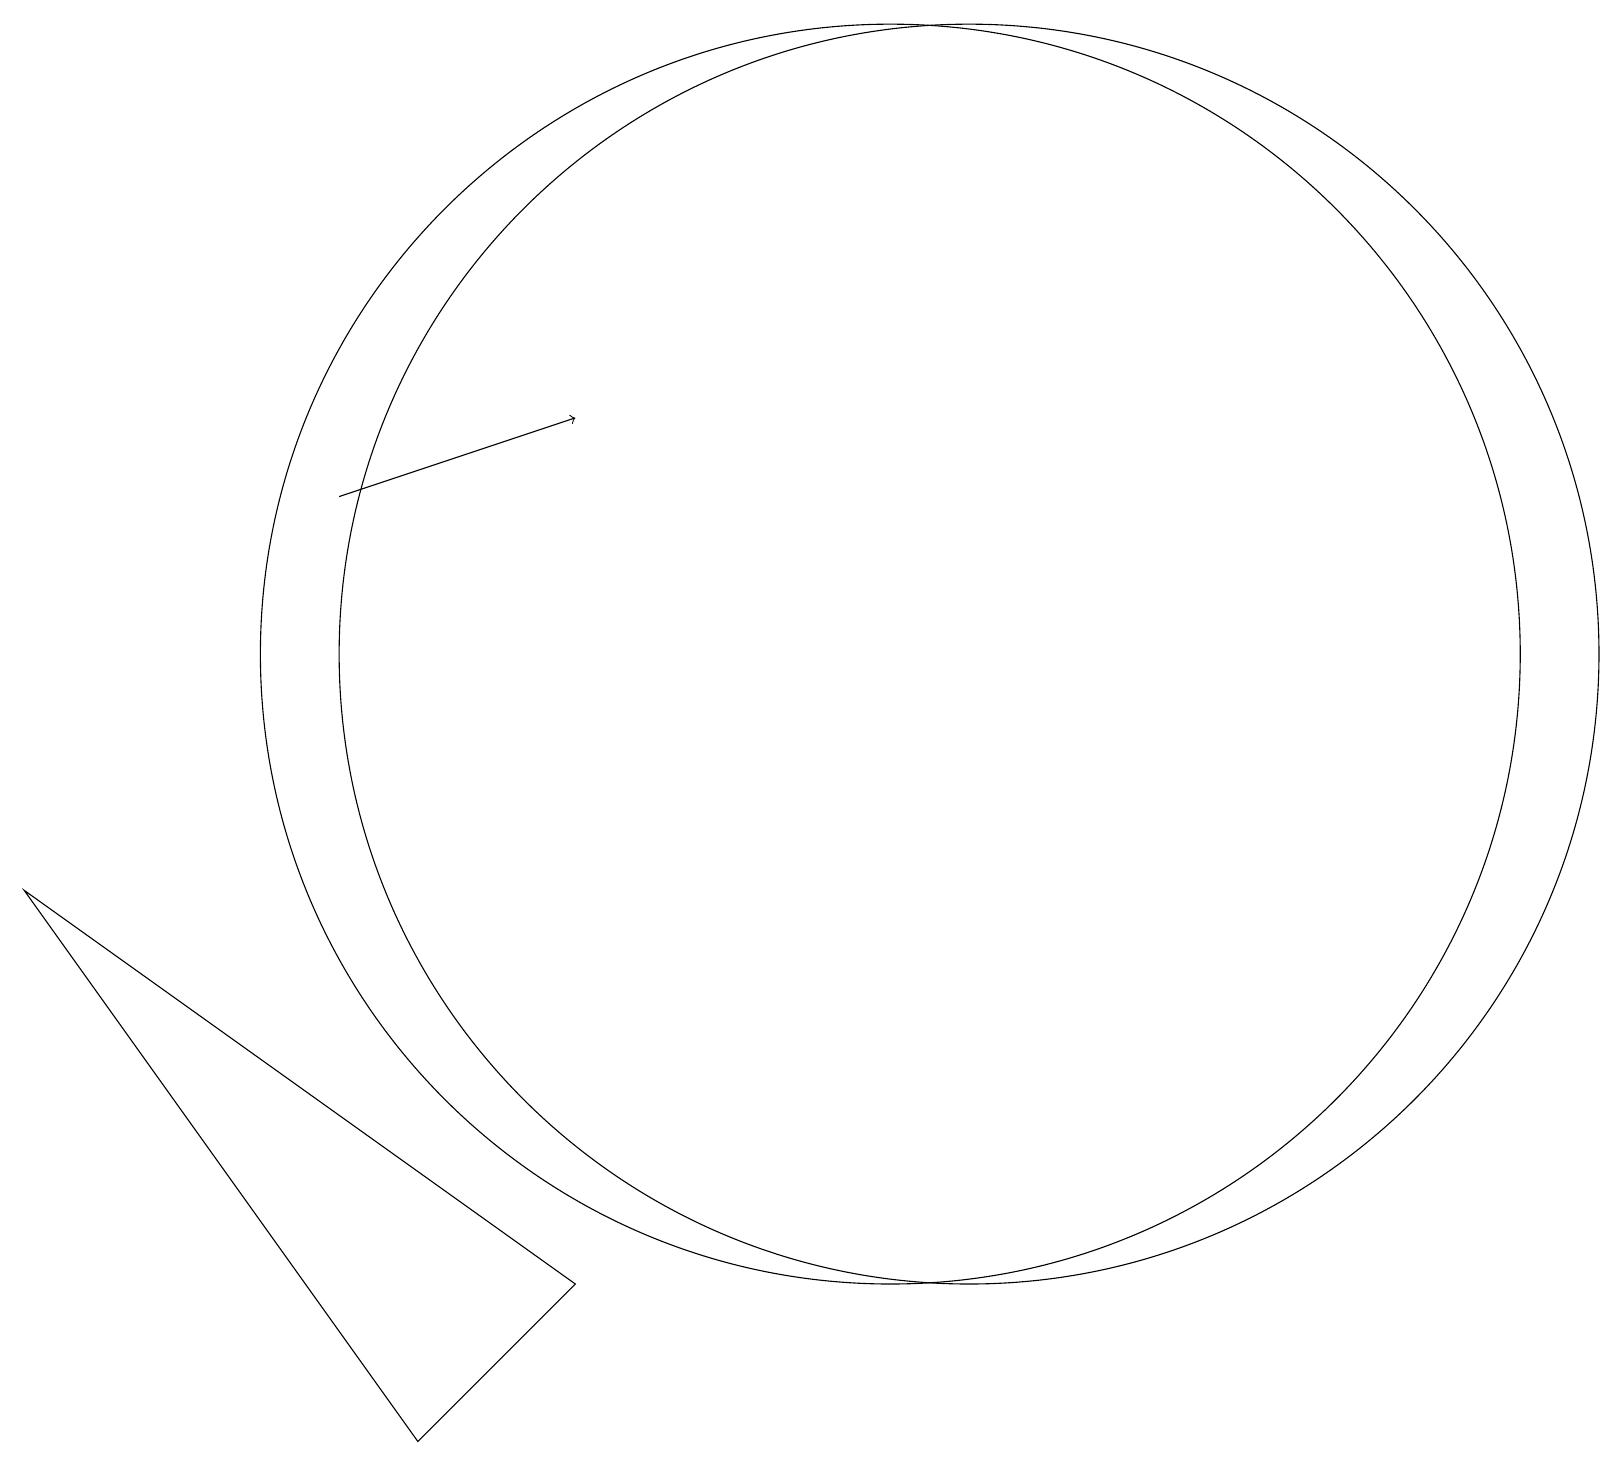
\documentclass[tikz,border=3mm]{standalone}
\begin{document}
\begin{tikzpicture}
\draw[->] (4,12) -- (7,13);
\draw (12,10) circle (8);
\draw (11,10) circle (8);
\draw (5,0) -- (0,7) -- (7,2) -- cycle;
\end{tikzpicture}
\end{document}